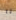
انا